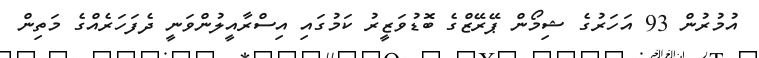
އުމުރުން 93 އަހަރުގެ ޝިމޯން ޕޭރޭޒްގެ ބޮޑުވަޒީރު ކަމުގައި އިސްރާއީލުންވަނީ ދެފަހަރެއްގެ މަތިން